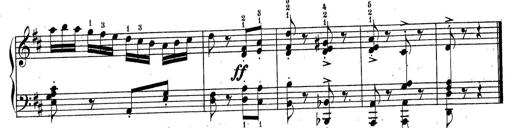
Title: Sonatine No.3
Composer: Peter Piel
Key: D major